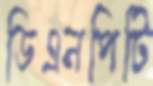
ডিএনপিটি